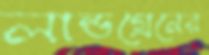
লান্ডগ্রেনের